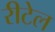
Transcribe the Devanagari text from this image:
रीटेल